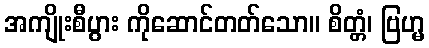
အကျိုးစီပွား ကိုဆောင်တတ်သော။ စိတ္တံ၊ ဗြဟ္မ